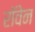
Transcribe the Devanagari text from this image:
रॉवेन